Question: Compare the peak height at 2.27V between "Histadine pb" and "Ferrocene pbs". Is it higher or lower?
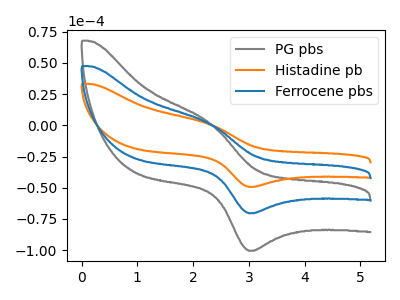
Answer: <think>The gray curve "PG pbs" has an anodic peak at (2.25V, 3.55uA) and a cathodic peak at (3.00V, -140.80uA). The orange curve "Histadine pb" has an anodic peak at (2.25V, 1.25uA) and a cathodic peak at (3.00V, -49.30uA). The blue curve "Ferrocene pbs" has an anodic peak at (2.25V, 1.80uA) and a cathodic peak at (3.00V, -70.40uA).</think>
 <answer>The peak at 2.27V is lower in "Histadine pb" than in "Ferrocene pbs".</answer>
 <eval>lower</eval>